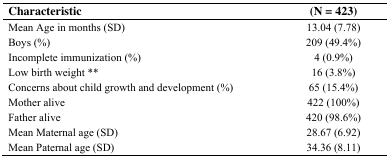
<table><thead><tr><td><b>Characteristic</b></td><td><b>(N = 423)</b></td></tr></thead><tbody><tr><td>Mean Age in months (SD)</td><td>13.04 (7.78)</td></tr><tr><td>Boys (%)</td><td>209 (49.4%)</td></tr><tr><td>Incomplete immunization (%)</td><td>4 (0.9%)</td></tr><tr><td>Low birth weight **</td><td>16 (3.8%)</td></tr><tr><td>Concerns about child growth and development (%)</td><td>65 (15.4%)</td></tr><tr><td>Mother alive</td><td>422 (100%)</td></tr><tr><td>Father alive</td><td>420 (98.6%)</td></tr><tr><td>Mean Maternal age (SD)</td><td>28.67 (6.92)</td></tr><tr><td>Mean Paternal age (SD)</td><td>34.36 (8.11)</td></tr></tbody></table>